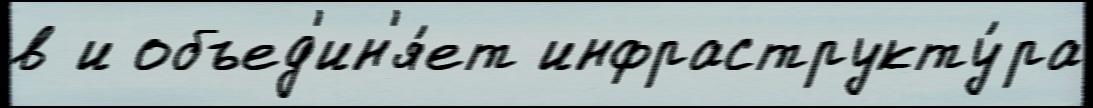
в и объед'ин'я́ет инфраструкту́ра